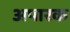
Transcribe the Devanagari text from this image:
अपारक